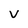
Character: v